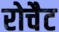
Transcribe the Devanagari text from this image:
रोचैट